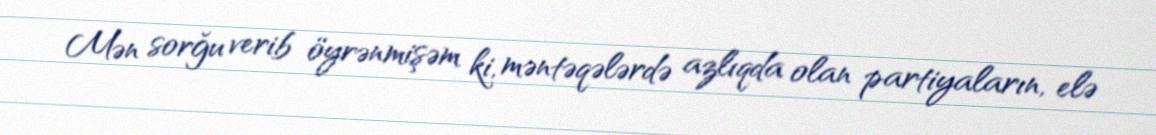
Mən sorğu verib öyrənmişəm ki, məntəqələrdə azlıqda olan partiyaların, elə